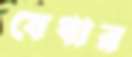
যেধার